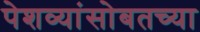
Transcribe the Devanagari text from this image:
पेशव्यांसोबतच्या